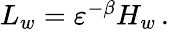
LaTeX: \begin{array}{r}{L_{w}={\varepsilon}^{-\beta}H_{w}\, .}\end{array}